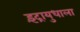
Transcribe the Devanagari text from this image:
इंद्रायुधाला